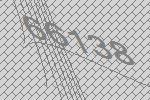
66138